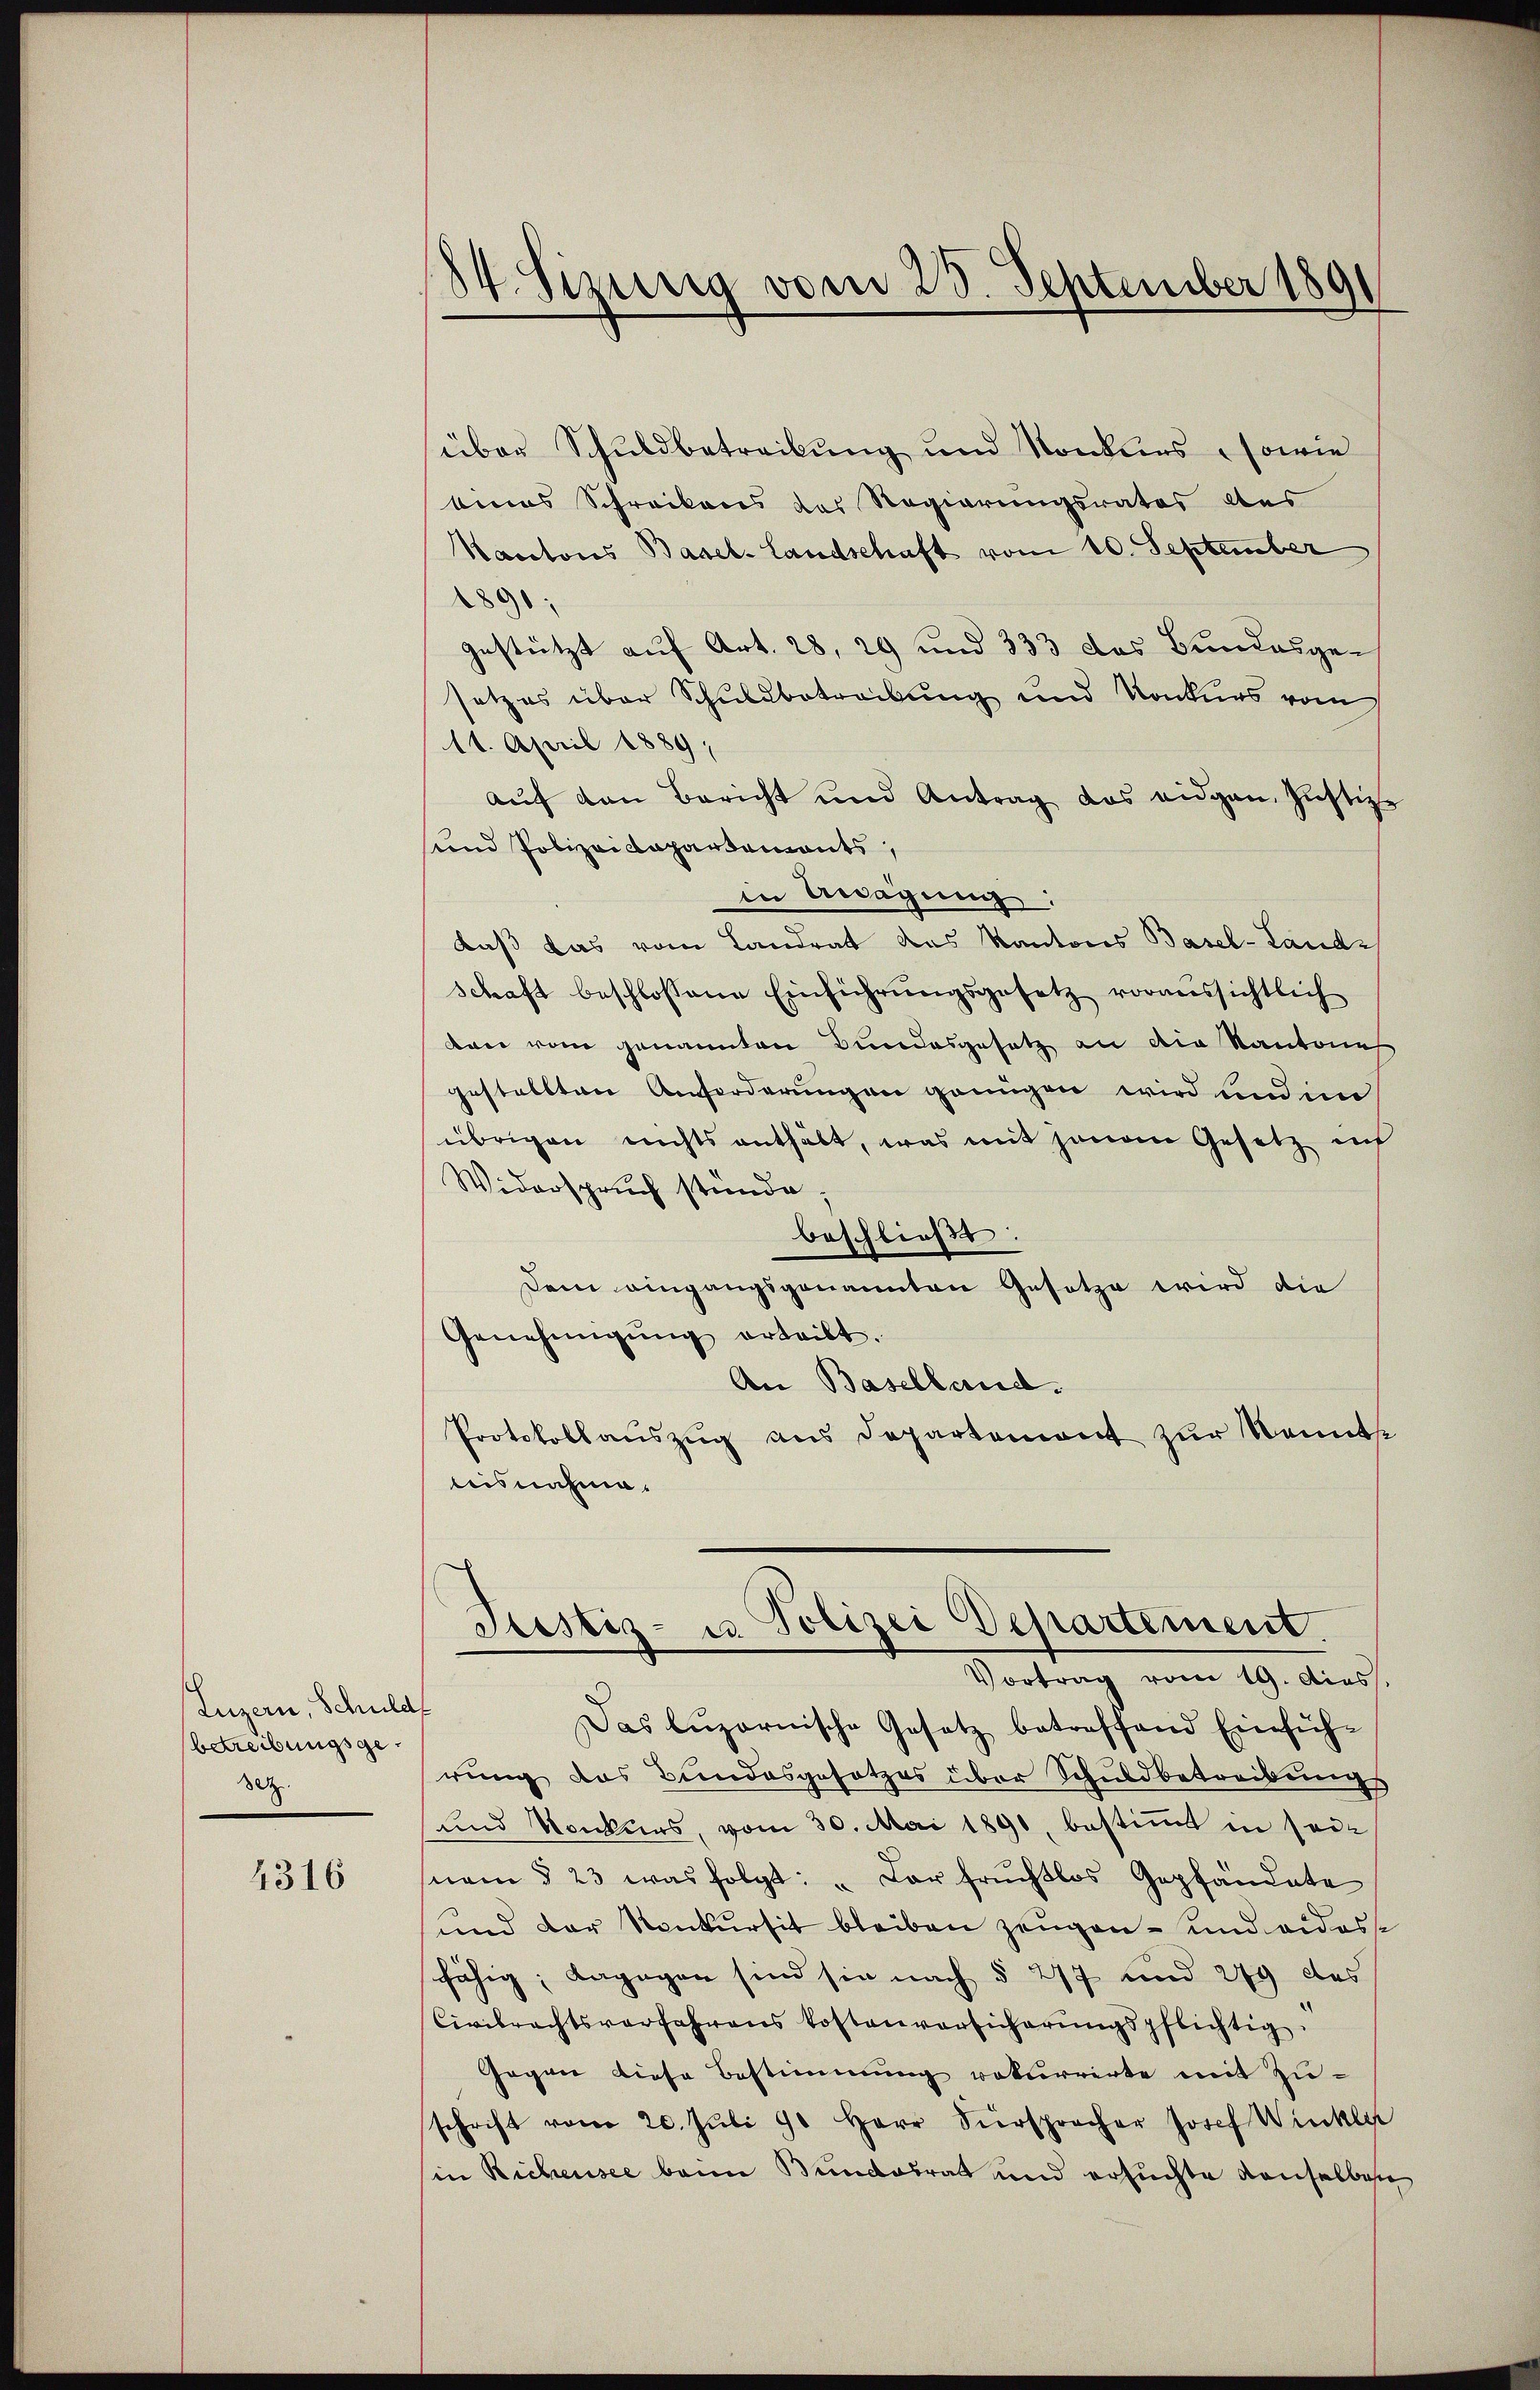
Luzern, Schuldf
betreibungsge¬
Setz.

4316

84. Sizung vom 23. September 189

über Schuldbetreibung und Konkurs sowie
bias Schreibens des Regierungsrates des
Nacetors Basel-Landschaft vom 10. September
1891;
gestützt auf Art. 28, 29 und 333 das Bundesgesetzes über Schuldbetreibung und Konkurs vom
11. April 1889
aŭf den Bericht und Antrag das eidgen. Justiz
und Polizeidepartements,
in Wagung:
daß das vom Landrat das Kantons Basel-Land-
schaft beschlossene Einführŭngsgesetz voraussichtlich
den vom genannten Bundesgesetz an die Kantone
gestellten Anforderungen genügen wird und im
übrigen nichts enthält, was mit jenem Gesetz auf
Widerspruch stünde.
beschließt:
Dem eingangsgenannten Gesetze wird die
Genehmigŭng erteilt.
An Baselland.
Protokollaŭszŭg ans Departement zŭr Kennte
teisnahme.

Justiz- u. Polizei Departement.
Vortrag vom 19. dies

Das lŭzornische Gesetz betreffend Einfüh-
rung das Bundesgesetzes über Schuldbetreibungs
und Konkurs, vom 30. Mai 1890, bestimmt in seisem § 23 was folgt: „Der fruchtlos Gepfandate
und der Konkursit bleiben zeugen- und wider
fähig; dagegen sind sie nach § 277 und 279 des
Civilrechtsverfahrens kostenversicherŭngspflichtig.
Gegen diese Bestimmung rekurrirte mit Zuschrift vom 20. Jŭli 90 Herr Viersprocher Josef Wieckler
in Richensee beim Bundesrat und ersuchte Konselben